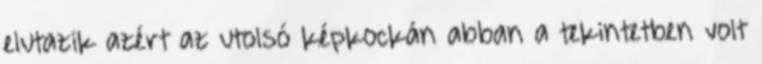
elutazik azért az utolsó képkockán abban a tekintetben volt